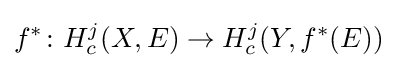
f^{*}\colon H_{c}^{j}(X,E)\to H_{c}^{j}(Y,f^{*}(E))